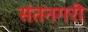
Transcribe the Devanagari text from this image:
संतनगरी